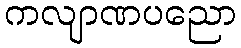
ကလျာဏပညော